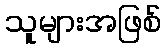
သူများအဖြစ်